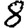
Digit: 8